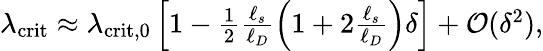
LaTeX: \begin{array}{r}{\lambda_{\mathrm{crit}}\approx\lambda_{\mathrm{crit,0}}\left[1-\frac{1}{2}\frac{\ell_{s}}{\ell_{D}}\left(1+2\frac{\ell_{s}}{\ell_{D}}\right)\delta\right]+\mathcal{O}(\delta^{2}),}\end{array}